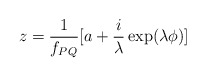
\begin{align*}z=\frac{1}{f_{PQ}}[a+\frac{i}{\lambda}\exp(\lambda\phi)]\end{align*}